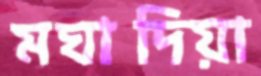
মঘাদিয়া